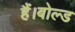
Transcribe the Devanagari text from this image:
हैं।बोल्ड